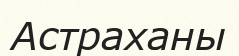
Астраханы